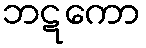
ဘဋကော